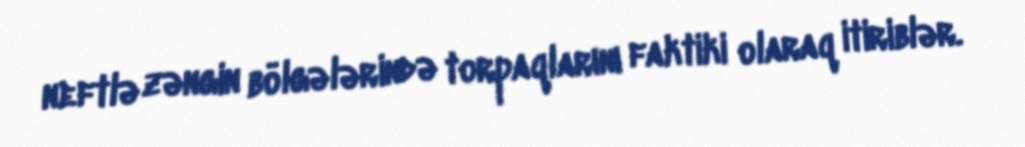
neftlə zəngin bölgələrində torpaqlarını faktiki olaraq itiriblər.